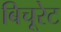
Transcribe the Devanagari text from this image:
बिचूरेट